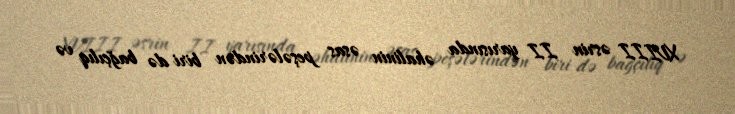
XVIII əsrin II yarısında əhalinin əsas peşələrindən biri də bağçılıq və